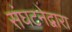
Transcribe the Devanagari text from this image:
संघटनेद्वारा